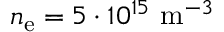
n _ { \mathrm { e } } = 5 \cdot 1 0 ^ { 1 5 } ~ \mathrm { m } ^ { - 3 }